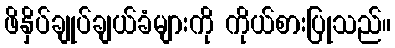
ဖိနှိပ်ချုပ်ချယ်ခံများကို ကိုယ်စားပြုသည်။